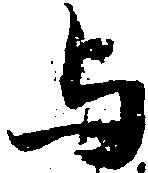
与